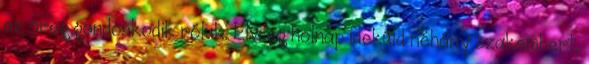
az öreg gondoskodik róluk. Elvileg holnap ideküld néhány szakembert,